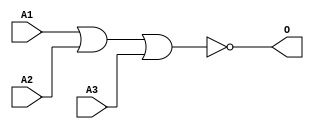
module JNOR3A1(A1, A2, A3, O);
input   A1;
input   A2;
input   A3;
output  O;
nor g0(O, A1, A2, A3);
endmodule